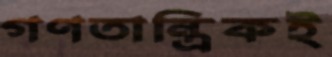
গণতান্ত্রিকই